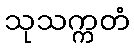
သုသက္ကတံ